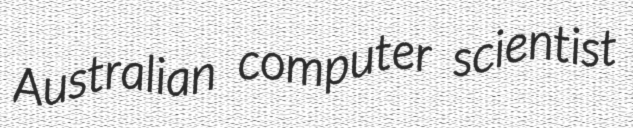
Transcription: Australian computer scientist